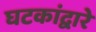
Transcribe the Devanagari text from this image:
घटकांद्वारे